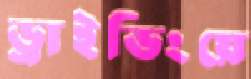
ড্রাইভিংয়ে